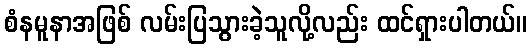
စံနမူနာအဖြစ် လမ်းပြသွားခဲ့သူလို့လည်း ထင်ရှားပါတယ်။